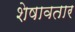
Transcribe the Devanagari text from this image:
शेषावतार